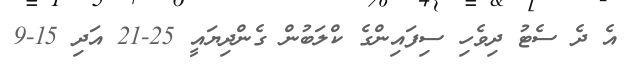
އެ ދެ ސެޓު ދިވެހި ސިފައިންގެ ކްލަބުން ގެންދިޔައީ 25-21 އަދި 15-9